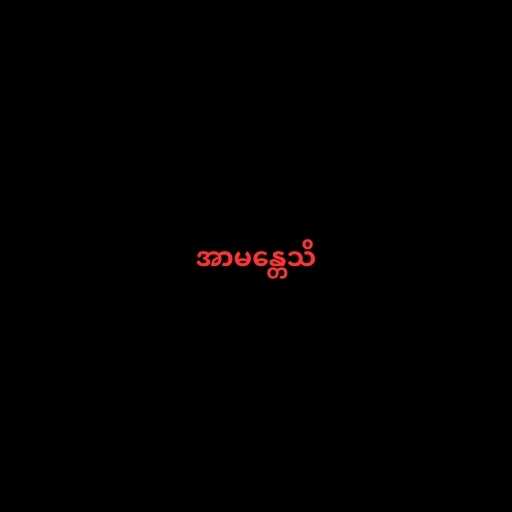
အာမန္တေသိ